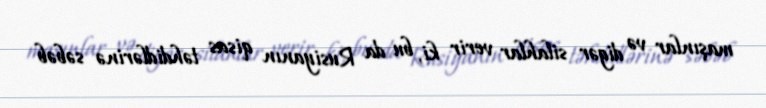
maşınlar və digər silahlar verir ki, bu da Rusiyanın qisas təhdidlərinə səbəb